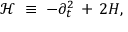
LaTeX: { \mathcal H } \; \equiv \; - \partial _ { t } ^ { 2 } \, + \, 2 H ,